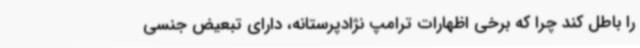
را باطل کند چرا که برخی اظهارات ترامپ نژادپرستانه، دارای تبعیض جنسی